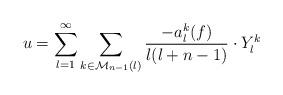
LaTeX: \begin{align*}u=\sum_{l=1}^\infty\sum_{k\in\mathcal M_{n-1}(l)}\frac{-a_l^k(f)}{l(l+n-1)}\cdot Y_l^k\end{align*}